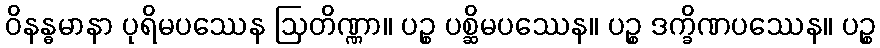
ဝိနန္ဓမာနာ ပုရိမပဿေန ဩတိဏ္ဏာ။ ပဉ္စ ပစ္ဆိမပဿေန။ ပဉ္စ ဒက္ခိဏပဿေန။ ပဉ္စ